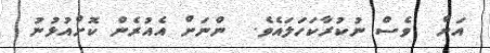
އަށް  ވެސް ނުކުރާކަހަލައެވެ.  ންނަށް އެއުރެން ކޮށްއުޅުނު